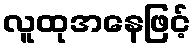
လူထုအနေဖြင့်